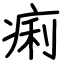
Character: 痢